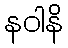
နဝါနိ